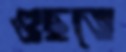
গুছতে